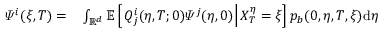
\begin{array} { r l } { \varPsi ^ { i } ( \xi , T ) = } & { { } \int _ { \mathbb { R } ^ { d } } \mathbb { E } \left[ \left. Q _ { j } ^ { i } ( \eta , T ; 0 ) \varPsi ^ { j } ( \eta , 0 ) \right| X _ { T } ^ { \eta } = \xi \right] p _ { b } ( 0 , \eta , T , \xi ) \mathrm { d } \eta } \end{array}